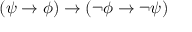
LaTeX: ( \psi \to \phi ) \to ( \neg \phi \to \neg \psi )